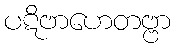
ပဋိဗာဟေတဗ္ဗာ